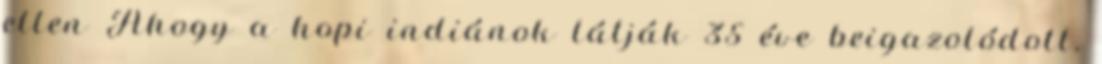
ellen Ahogy a hopi indiánok látják 35 éve beigazolódott,